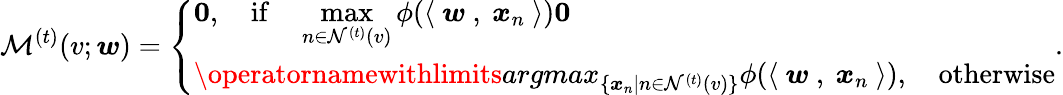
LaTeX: \mathcal{M}^{(t)}(v;{\boldsymbol w})=\left\{ \begin{array}{ll}{\mathbf{0},\quad\mathrm{if}\quad\displaystyle\operatorname*{max}_{n\in\mathcal{N}^{(t)}(v)}\phi(\langle~{\boldsymbol w}~,~{\boldsymbol x}_{n}~\rangle)\le 0}\\ {\displaystyle\operatornamewithlimits{argmax}_{\{ {\boldsymbol x}_{n}\mid n\in\mathcal{N}^{(t)}(v)\} }\phi(\langle~{\boldsymbol w}~,~{\boldsymbol x}_{n}~\rangle),\quad\mathrm{otherwise}}\end{array}\right..